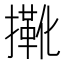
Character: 𢶤